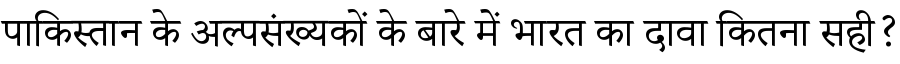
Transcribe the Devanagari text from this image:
पाकिस्तान के अल्पसंख्यकों के बारे में भारत का दावा कितना सही?